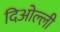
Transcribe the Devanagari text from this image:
दिओल्ली